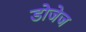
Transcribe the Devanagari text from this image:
डोजेज